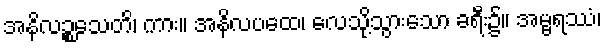
အနိလဉ္စသေတိ၊ ကား။ အနိလပထေ၊ လေသို့သွားသော ခရီး၌။ အမ္ဗရဿံ၊